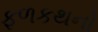
ફળકથનો